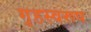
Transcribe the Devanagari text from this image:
गृहस्वरूप